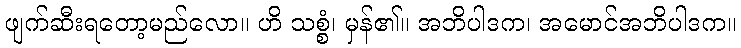
ဖျက်ဆီးရတော့မည်လော။ ဟိ သစ္စံ၊ မှန်၏။ အဘိပါဒက၊ အမောင်အဘိပါဒက။